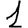
Digit: 1